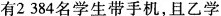
有2384名学生带手机，且乙学